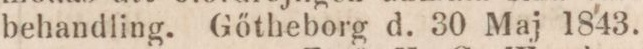
behandling. Gőtheborg d. 30 Maj 1843.